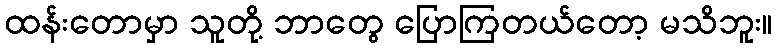
ထန်းတောမှာ သူတို့ ဘာတွေ ပြောကြတယ်တော့ မသိဘူး။